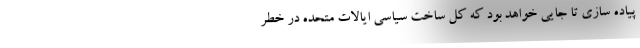
پیاده سازی تا جایی خواهد بود که کل ساخت سیاسی ایالات متحده در خطر